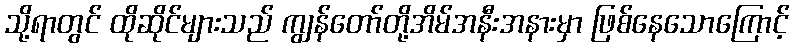
သို့ရာတွင် ထိုဆိုင်များသည် ကျွန်တော်တို့အိမ်အနီးအနားမှာ ဖြစ်နေသောကြောင့်